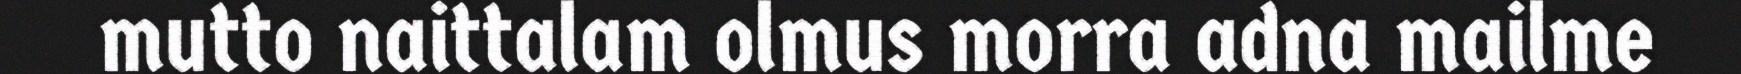
mutto naittalam olmus morra adna mailme